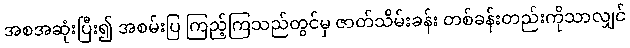
အစအဆုံးပြီး၍ အစမ်းပြ ကြည့်ကြသည်တွင်မှ ဇာတ်သိမ်းခန်း တစ်ခန်းတည်းကိုသာလျှင်